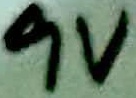
Text: 9V